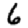
Digit: 6